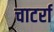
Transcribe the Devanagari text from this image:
चाटर्रा